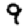
Digit: 9